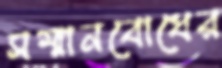
সম্মানবোধের